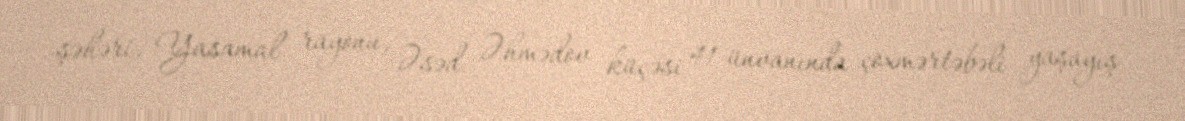
şəhəri, Yasamal rayonu, Əsəd Əhmədov küçəsi 41 ünvanında çoxmərtəbəli yaşayış